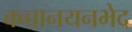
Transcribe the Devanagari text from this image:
कच्चानयनभेद